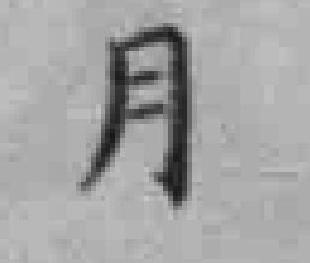
月